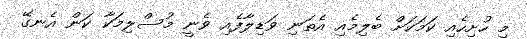
މި ހުށިހެއި ކަމަކަށް ބެލިމެއި އެތަނި ވަޑިލާފެއި ވެނީ މުސްލިމަކާ ކަން އެނގޭ